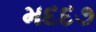
મદદ૭